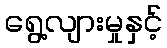
ရွေ့လျားမှုနှင့်